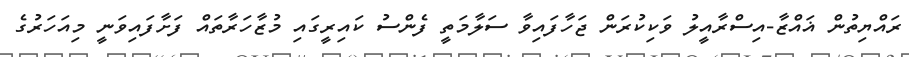
ރައްޔިތުން ޣައްޒާ-އިސްރާއީލު ވަކިކުރަން ޖަހާފައިވާ ސަލާމަތީ ފެންސު ކައިރީގައި މުޒާހަރާތައް ފަށާފައިވަނީ މިއަހަރުގެ